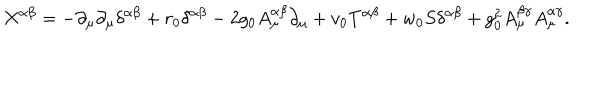
X ^ { \alpha \beta } = - \partial _ { \mu } \partial _ { \mu } \delta ^ { \alpha \beta } + r _ { 0 } \delta ^ { \alpha \beta } - 2 g _ { 0 } A _ { \mu } ^ { \alpha \beta } \partial _ { \mu } + v _ { 0 } T ^ { \alpha \beta } + w _ { 0 } S \delta ^ { \alpha \beta } + g _ { 0 } ^ { 2 } A _ { \mu } ^ { \beta \gamma } A _ { \mu } ^ { \alpha \gamma } .